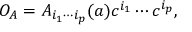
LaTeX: { \cal O } _ { A } = A _ { i _ { 1 } \cdots i _ { p } } ( a ) c ^ { i _ { 1 } } \cdots c ^ { i _ { p } } ,